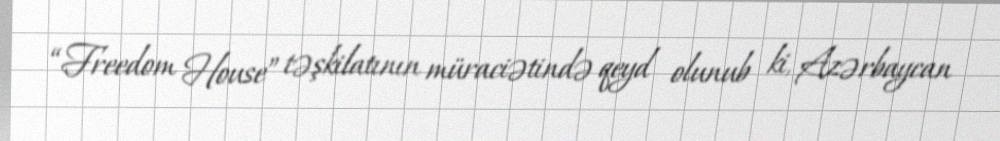
“Freedom House” təşkilatının müraciətində qeyd olunub ki, Azərbaycan